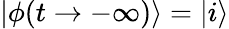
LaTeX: |\phi(t\to-\infty)\rangle=|i\rangle